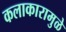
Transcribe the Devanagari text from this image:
कलाकारामुळे